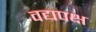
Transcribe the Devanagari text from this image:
वद्यपक्ष